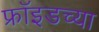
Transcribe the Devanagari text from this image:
फ्राॅइडच्या